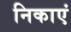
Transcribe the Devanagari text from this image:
निकाएं